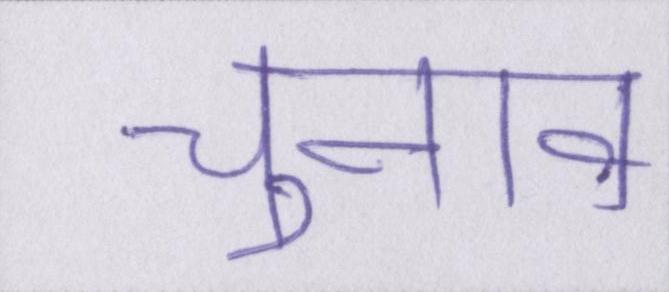
चुनाव